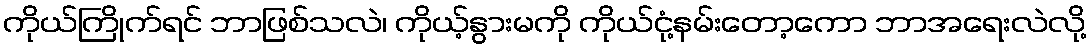
ကိုယ်ကြိုက်ရင် ဘာဖြစ်သလဲ၊ ကိုယ့်နွားမကို ကိုယ်ငုံ့နမ်းတော့ကော ဘာအရေးလဲလို့